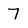
Character: 7